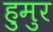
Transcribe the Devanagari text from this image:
हुमुर